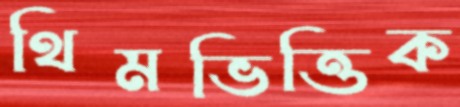
থিমভিত্তিক